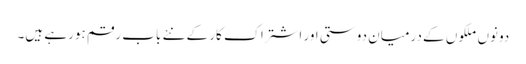
دونوں ملکوں کے درمیان دوستی اور اشتراک کار کے نئے باب رقم ہورہے ہیں۔